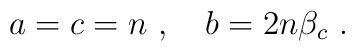
a=c=n~, \quad  b=2n \beta_c~.